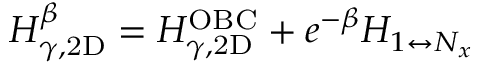
H _ { \gamma , \mathrm { 2 D } } ^ { \beta } = H _ { \gamma , \mathrm { 2 D } } ^ { \mathrm { O B C } } + e ^ { - \beta } H _ { 1 \leftrightarrow N _ { x } }